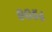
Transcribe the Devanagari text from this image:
९०५४